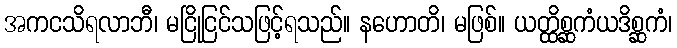
အကငသိရလာဘီ၊ မငြိုငြင်သဖြင့်ရသည်။ နဟောတိ၊ မဖြစ်။ ယတ္ထိစ္ဆကံယဒိစ္ဆကံ၊